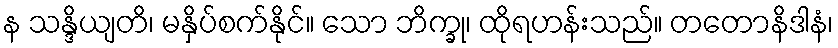
န သန္ဒိယျတိ၊ မနှိပ်စက်နိုင်။ သော ဘိက္ခု၊ ထိုရဟန်းသည်။ တတောနိဒါနံ၊